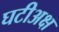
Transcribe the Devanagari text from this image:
घटीअक्ष